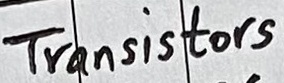
Text: Transistors: